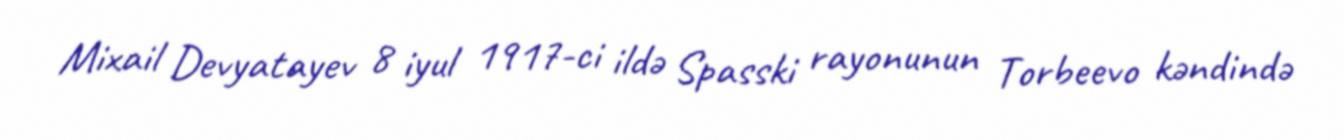
Mixail Devyatayev 8 iyul 1917-ci ildə Spasski rayonunun Torbeevo kəndində